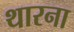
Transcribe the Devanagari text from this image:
थारना